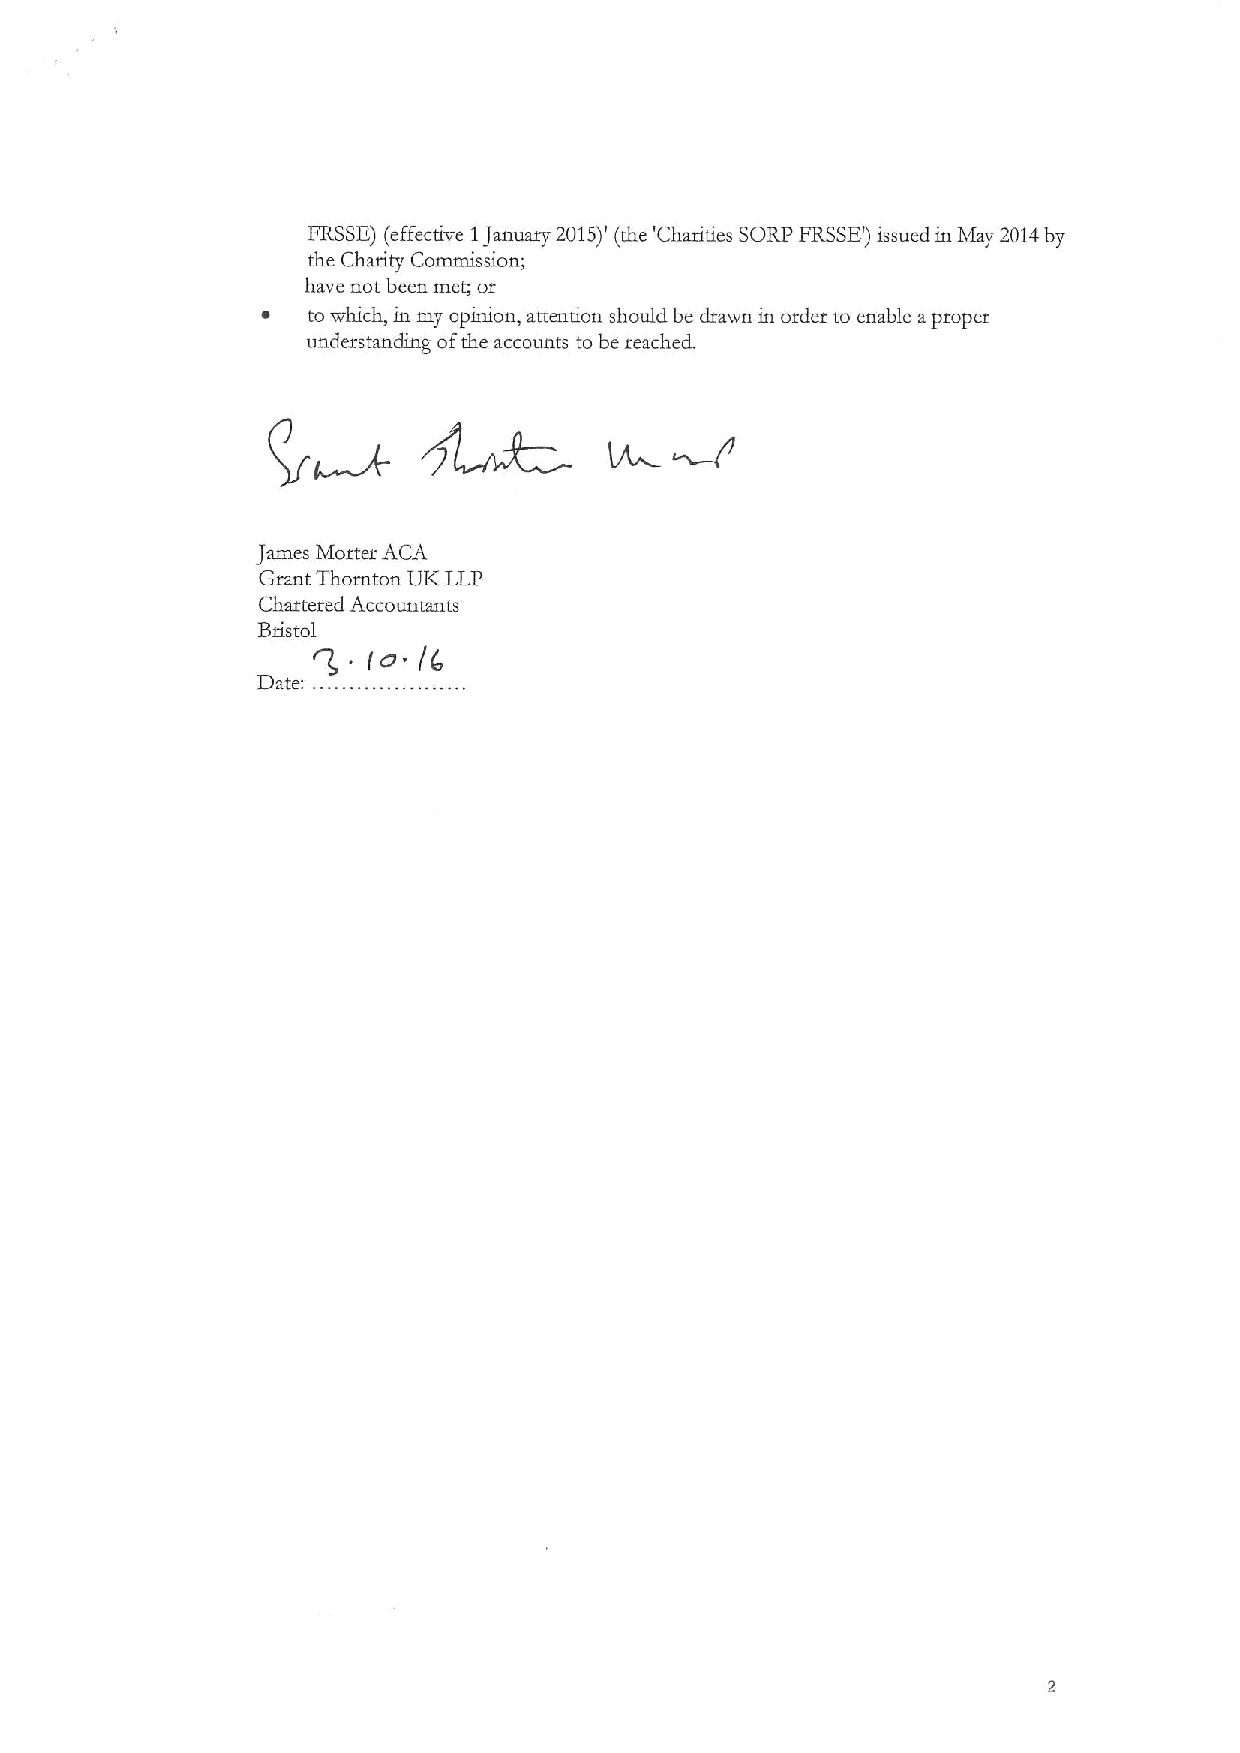
FRSSE)(effective 1January 2015)' (the 'Charities SORP FRSSE')issued in May 2014by
 the Charity Commission;
 have not been met; or
 ~  to svhich, in my opinion, attention should be drawn in order to enable aproper
 understanding ofthe accounts to be reached.
 James Morter ACA
 Grant Thornton UI&LLP
 Chattered Accountants
 Bristol
 (o
 /0
 Date